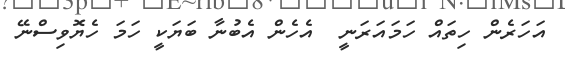
އަހަރެން ހިތައް ހަމައަރަނީ  އެހެން އެބުނާ ބަޔަކީ ހަމަ ހެޔޮވިސްނޭ